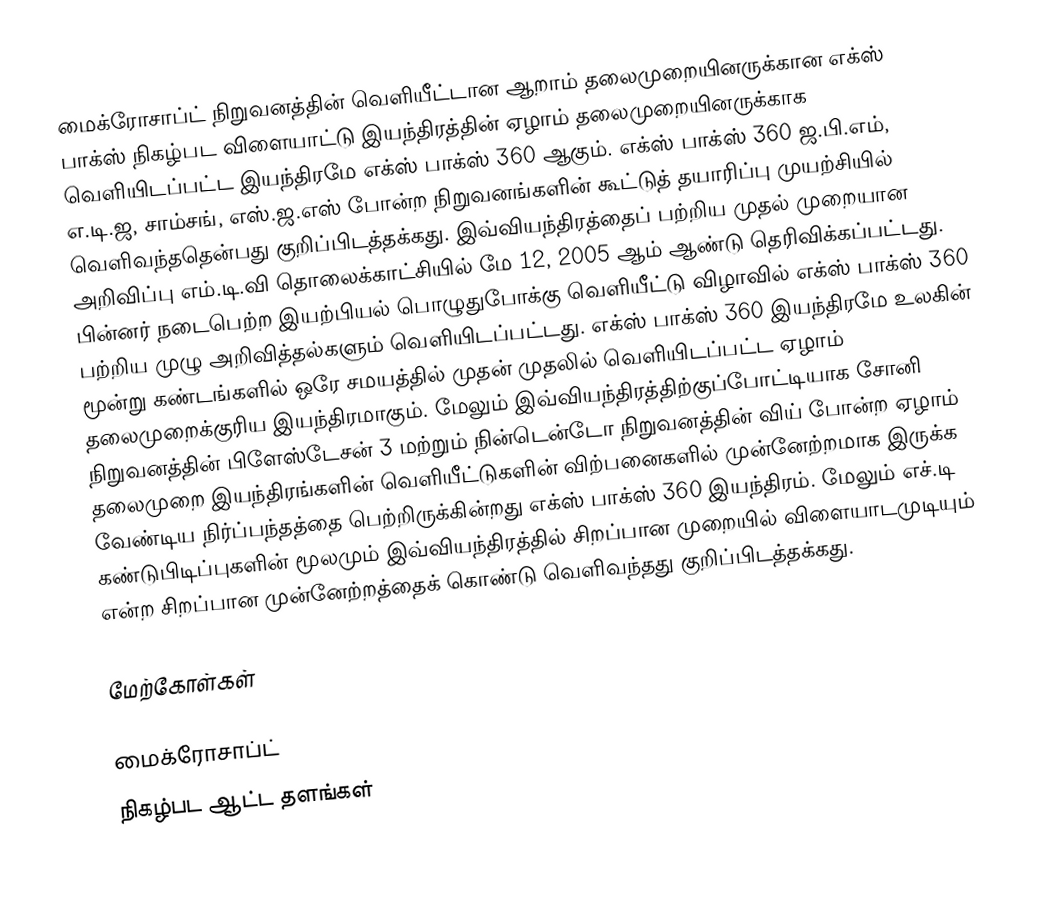
மைக்ரோசாப்ட் நிறுவனத்தின் வெளியீட்டான ஆறாம் தலைமுறையினருக்கான எக்ஸ் பாக்ஸ் நிகழ்பட விளையாட்டு இயந்திரத்தின் ஏழாம் தலைமுறையினருக்காக வெளியிடப்பட்ட இயந்திரமே எக்ஸ் பாக்ஸ் 360 ஆகும். எக்ஸ் பாக்ஸ் 360 ஜ.பி.எம், எ.டி.ஜ, சாம்சங், எஸ்.ஜ.எஸ் போன்ற நிறுவனங்களின் கூட்டுத் தயாரிப்பு முயற்சியில் வெளிவந்ததென்பது குறிப்பிடத்தக்கது. இவ்வியந்திரத்தைப் பற்றிய முதல் முறையான அறிவிப்பு எம்.டி.வி தொலைக்காட்சியில் மே 12, 2005 ஆம் ஆண்டு தெரிவிக்கப்பட்டது. பின்னர் நடைபெற்ற இயற்பியல் பொழுதுபோக்கு வெளியீட்டு விழாவில் எக்ஸ் பாக்ஸ் 360 பற்றிய முழு அறிவித்தல்களும் வெளியிடப்பட்டது. எக்ஸ் பாக்ஸ் 360 இயந்திரமே உலகின் மூன்று கண்டங்களில் ஒரே சமயத்தில் முதன் முதலில் வெளியிடப்பட்ட ஏழாம் தலைமுறைக்குரிய இயந்திரமாகும். மேலும் இவ்வியந்திரத்திற்குப்போட்டியாக சோனி நிறுவனத்தின் பிளேஸ்டேசன் 3 மற்றும் நின்டென்டோ நிறுவனத்தின் விய் போன்ற ஏழாம் தலைமுறை இயந்திரங்களின் வெளியீட்டுகளின் விற்பனைகளில் முன்னேற்றமாக இருக்க வேண்டிய நிர்ப்பந்தத்தை பெற்றிருக்கின்றது எக்ஸ் பாக்ஸ் 360 இயந்திரம். மேலும் எச்.டி கண்டுபிடிப்புகளின் மூலமும் இவ்வியந்திரத்தில் சிறப்பான முறையில் விளையாடமுடியும் என்ற சிறப்பான முன்னேற்றத்தைக் கொண்டு வெளிவந்தது குறிப்பிடத்தக்கது.

மேற்கோள்கள்

மைக்ரோசாப்ட்
நிகழ்பட ஆட்ட தளங்கள்